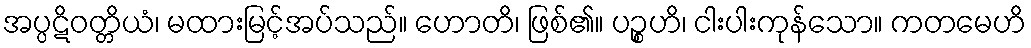
အပ္ပဋိဝတ္တိယံ၊ မထားမြင့်အပ်သည်။ ဟောတိ၊ ဖြစ်၏။ ပဉ္စဟိ၊ ငါးပါးကုန်သော။ ကတမေဟိ